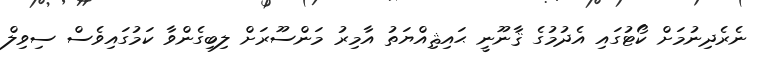
ނެރެދިނުމަށް ކޯޓުގައި އެދުމުގެ ޤާނޫނީ ޙައިޘިއްޔަތު އާމިރު މަންސޫރަށް ލިބިގެންވާ ކަމުގައިވެސް ސިވިލް